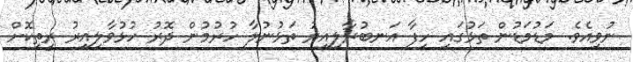
ނުވިއެވެ. މަޑުމަޑުން ތަޅުގައި ހިފާ އަނބުރާލިއިރު ތަޅުނުލާ ހުރުމުން ދޮރު ހުޅުވާލިއިރު ރީތިކޮށް